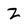
Character: Z